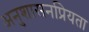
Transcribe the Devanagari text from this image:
अनुशासनप्रियता